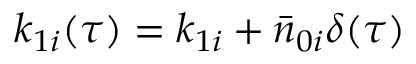
k _ { 1 i } ( \tau ) = k _ { 1 i } + \bar { n } _ { 0 i } \delta ( \tau )